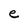
Character: e